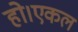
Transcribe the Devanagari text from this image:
हो।एकल